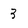
Character: 3